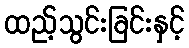
ထည့်သွင်းခြင်းနှင့်